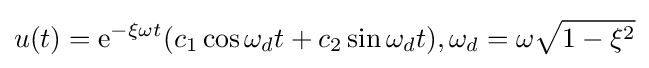
u(t)={\text{e}}^{-\xi \omega t}(c_{1}\cos \omega _{d}t+c_{2}\sin \omega _{d}t),\omega _{d}=\omega {\sqrt {1-\xi ^{2}}}